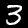
Label: 3